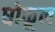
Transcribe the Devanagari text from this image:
घोकून